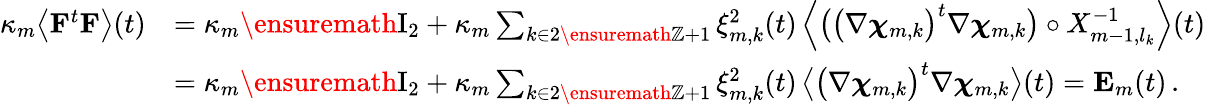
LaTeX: \begin{array}{rl}{\kappa_{m}\bigl\langle\mathbf{F}^{t}\mathbf{F}\bigr\rangle(t)}&{=\kappa_{m}\ensuremath{\mathrm{I}_{2}}+\kappa_{m}\sum_{k\in 2\ensuremath{\mathbb{Z}}+1}\xi_{m,k}^{2}(t)\, \Bigl\langle\bigl(\bigl(\nabla{\boldsymbol{\chi}}_{m,k}\bigr)^{t}\nabla{\boldsymbol{\chi}}_{m,k}\bigr)\circ X_{m-1,l_{k}}^{-1}\Bigr\rangle(t)}\\ &{=\kappa_{m}\ensuremath{\mathrm{I}_{2}}+\kappa_{m}\sum_{k\in 2\ensuremath{\mathbb{Z}}+1}\xi_{m,k}^{2}(t)\, \bigl\langle\bigl(\nabla{\boldsymbol{\chi}}_{m,k}\bigr)^{t}\nabla{\boldsymbol{\chi}}_{m,k}\bigr\rangle(t)=\mathbf{E}_{m}(t)\, .}\end{array}